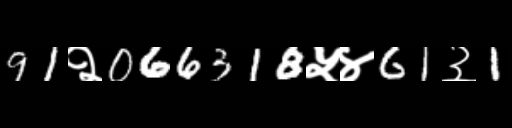
Text: 91२066318५४61३1